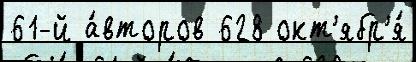
61-й а́второв 628 окт'ябр'я́